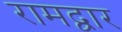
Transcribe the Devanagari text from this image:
रामद्वार